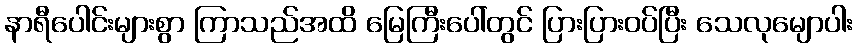
နာရီပေါင်းများစွာ ကြာသည်အထိ မြေကြီးပေါ်တွင် ပြားပြားဝပ်ပြီး သေလုမျောပါး